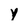
Character: Y